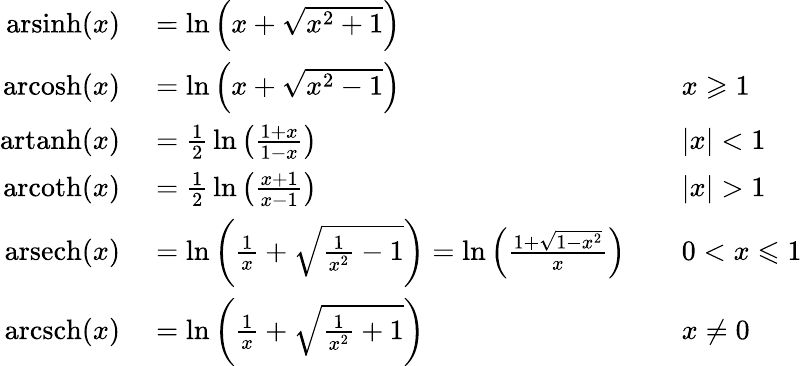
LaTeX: \begin{array}{rlrl}{\operatorname{arsinh}(x)}&{{}=\ln\left(x+{\sqrt{x^{2}+1}}\right)}\\ {\operatorname{arcosh}(x)}&{{}=\ln\left(x+{\sqrt{x^{2}-1}}\right)}&{}&{{}x\geqslant 1}\\ {\operatorname{artanh}(x)}&{{}={\frac{1}{2}}\ln\left({\frac{1+x}{1-x}}\right)}&{}&{{}|x|<1}\\ {\operatorname{arcoth}(x)}&{{}={\frac{1}{2}}\ln\left({\frac{x+1}{x-1}}\right)}&{}&{{}|x|>1}\\ {\operatorname{arsech}(x)}&{{}=\ln\left({\frac{1}{x}}+{\sqrt{{\frac{1}{x^{2}}}-1}}\right)=\ln\left({\frac{1+{\sqrt{1-x^{2}}}}{x}}\right)}&{}&{{}0<x\leqslant 1}\\ {\operatorname{arcsch}(x)}&{{}=\ln\left({\frac{1}{x}}+{\sqrt{{\frac{1}{x^{2}}}+1}}\right)}&{}&{{}x\neq 0}\end{array}